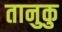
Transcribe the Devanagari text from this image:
तानुकु